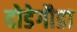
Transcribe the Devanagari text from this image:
दोडेगौडा